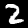
Digit: 2